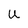
Character: u